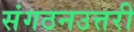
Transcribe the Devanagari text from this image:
संगठनउत्तरी